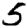
Digit: 5